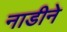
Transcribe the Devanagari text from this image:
नाडीने